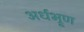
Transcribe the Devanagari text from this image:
अर्धभ्रूण